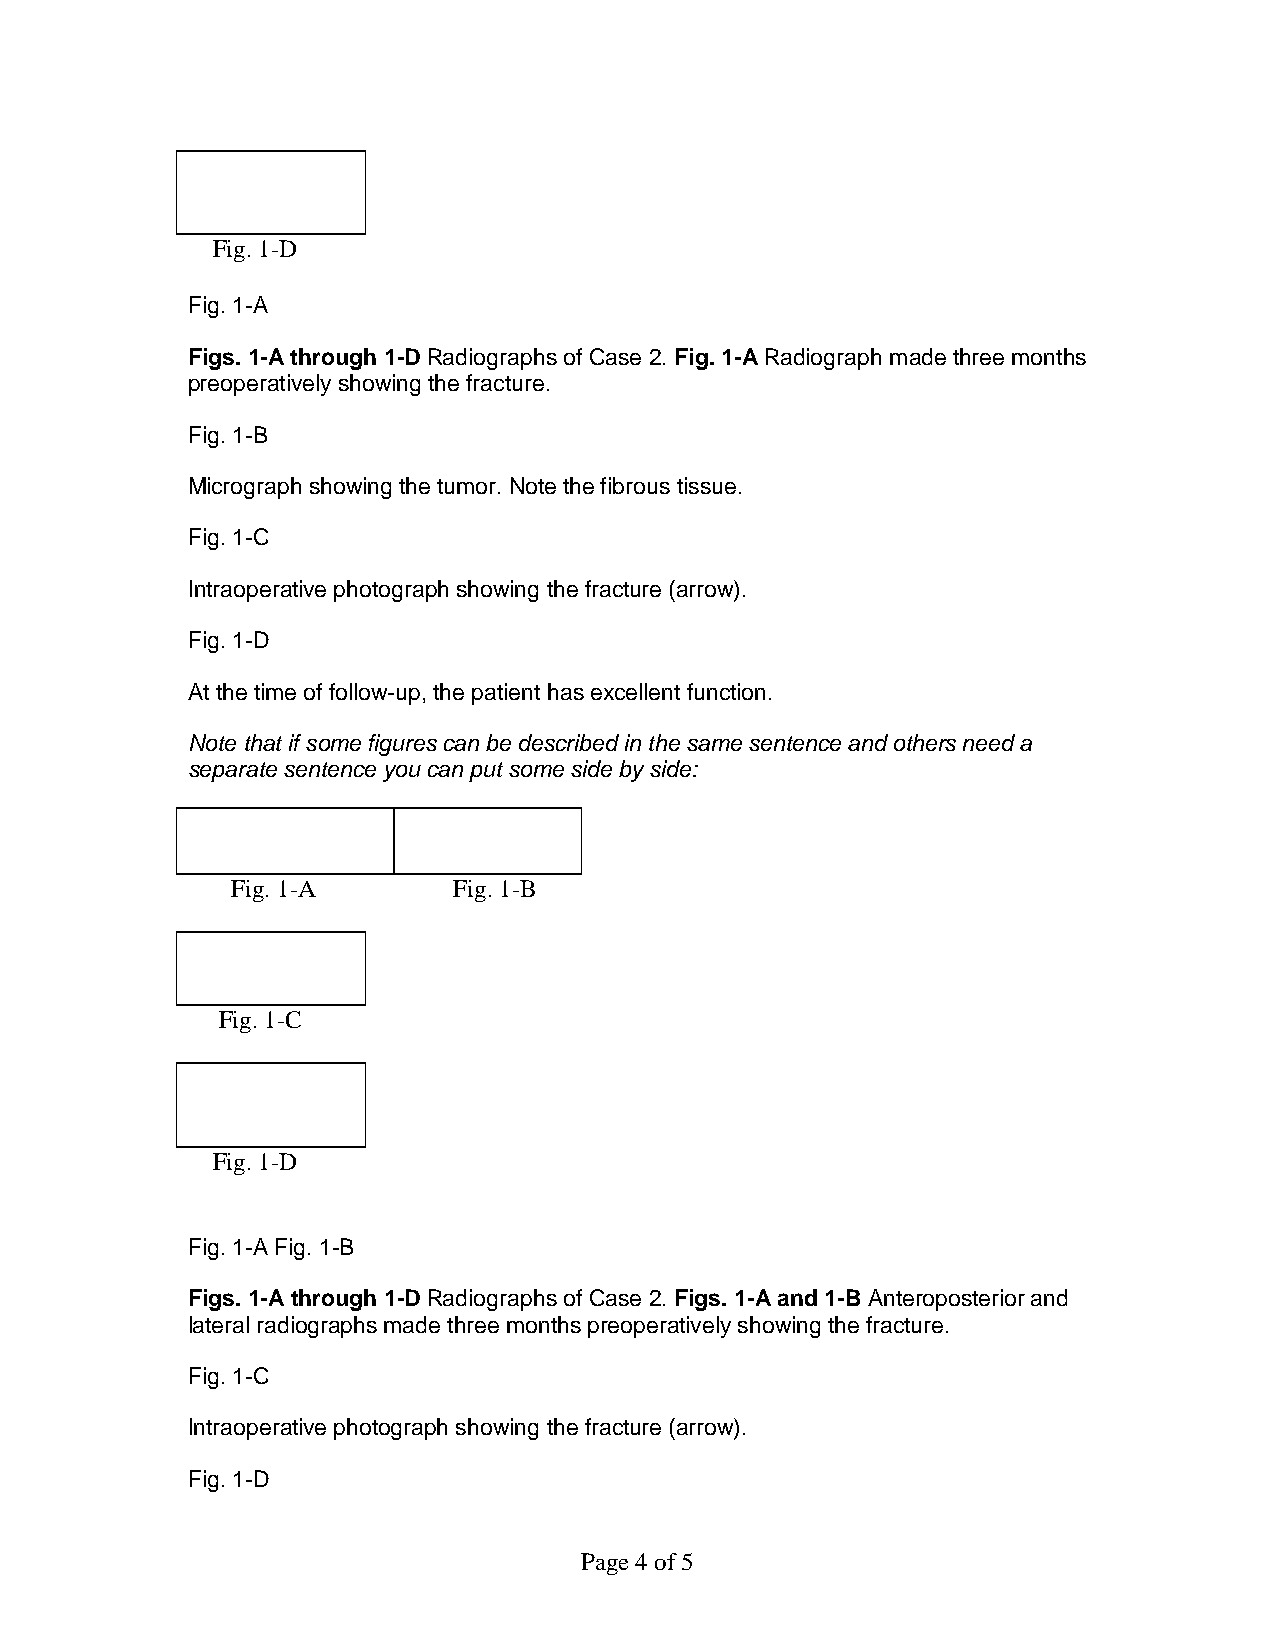
Fig. 1-D
 Fig. 1-A
 Figs. 1-A through 1-D Radiographs of Case 2. Fig. 1-A Radiograph made three months
 preoperatively showing the fracture.
 Fig. 1-B
 Micrograph showing the tumor. Note the fibrous tissue.
 Fig. 1-C
 Intraoperative photograph showing the fracture (arrow).
 Fig. 1-D
 At the time of follow-up, the patient has excellent function.
 Note that if some figures can be described in the same sentence and others need a
 separate sentence you can put some side by side:
 Fig. 1-A       Fig. 1-B
 Fig. 1-C
 Fig. 1-D
 Fig. 1-A Fig. 1-B
 Figs. 1-A through 1-D Radiographs of Case 2. Figs. 1-A and 1-B Anteroposterior and
 lateral radiographs made three months preoperatively showing the fracture.
 Fig. 1-C
 Intraoperative photograph showing the fracture (arrow).
 Fig. 1-D
 Page 4 of 5